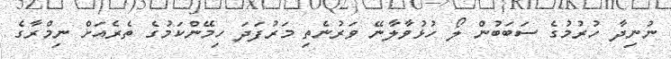
ނުނިދާ ހުރުމުގެ ސަބަބުން ލޯ ހުޅުވާލާނޭ ވަރުނެތި މަރުފަދަ ހިމޭންކަމުގެ ތެރެއަށް ނިމްރާގެ